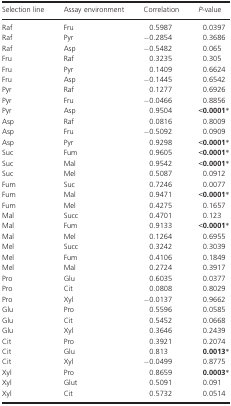
| Selection line | Assay environment | Correlation | P‐value |
 | --- | --- | --- | --- |
 | Raf | Fru | 0.5987 | 0.0397 |
 | Raf | Pyr | −0.2854 | 0.3686 |
 | Raf | Asp | −0.5482 | 0.065 |
 | Fru | Raf | 0.3235 | 0.305 |
 | Fru | Pyr | 0.1409 | 0.6624 |
 | Fru | Asp | −0.1445 | 0.6542 |
 | Pyr | Raf | 0.1277 | 0.6926 |
 | Pyr | Fru | −0.0466 | 0.8856 |
 | Pyr | Asp | 0.9504 | <0.0001* |
 | Asp | Raf | 0.0816 | 0.8009 |
 | Asp | Fru | −0.5092 | 0.0909 |
 | Asp | Pyr | 0.9298 | <0.0001* |
 | Suc | Fum | 0.9605 | <0.0001* |
 | Suc | Mal | 0.9542 | <0.0001* |
 | Suc | Mel | 0.5087 | 0.0912 |
 | Fum | Suc | 0.7246 | 0.0077 |
 | Fum | Mal | 0.9471 | <0.0001* |
 | Fum | Mel | 0.4275 | 0.1657 |
 | Mal | Succ | 0.4701 | 0.123 |
 | Mal | Fum | 0.9133 | <0.0001* |
 | Mal | Mel | 0.1264 | 0.6955 |
 | Mel | Succ | 0.3242 | 0.3039 |
 | Mel | Fum | 0.4106 | 0.1849 |
 | Mel | Mal | 0.2724 | 0.3917 |
 | Pro | Glu | 0.6035 | 0.0377 |
 | Pro | Cit | 0.0808 | 0.8029 |
 | Pro | Xyl | −0.0137 | 0.9662 |
 | Glu | Pro | 0.5596 | 0.0585 |
 | Glu | Cit | 0.5452 | 0.0668 |
 | Glu | Xyl | 0.3646 | 0.2439 |
 | Cit | Pro | 0.3921 | 0.2074 |
 | Cit | Glu | 0.813 | 0.0013* |
 | Cit | Xyl | −0.0499 | 0.8775 |
 | Xyl | Pro | 0.8659 | 0.0003* |
 | Xyl | Glut | 0.5091 | 0.091 |
 | Xyl | Cit | 0.5732 | 0.0514 |